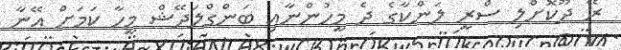
ރޭ ދޫކޮށްލި ސްރީ ލަންކާގެ ދެ މީހުންނާއި ބަންގްލަދޭޝް މީހާ ކަމަށް އޭނާ